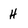
Character: h